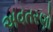
અવતરણો